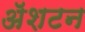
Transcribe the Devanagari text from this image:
ॲशटन